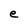
Character: e